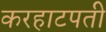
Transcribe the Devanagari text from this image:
करहाटपती